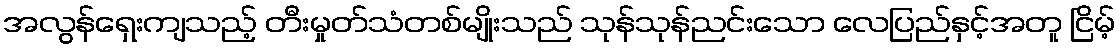
အလွန်ရှေးကျသည့် တီးမှုတ်သံတစ်မျိုးသည် သုန်သုန်ညင်းသော လေပြည်နှင့်အတူ ငြိမ့်